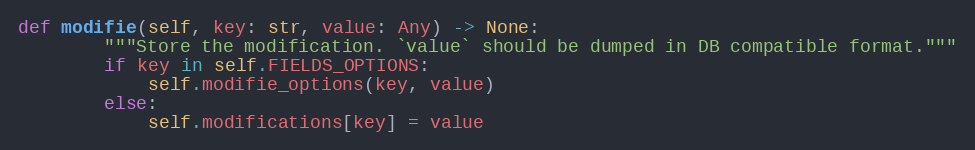
Language: Python
def modifie(self, key: str, value: Any) -> None:
        """Store the modification. `value` should be dumped in DB compatible format."""
        if key in self.FIELDS_OPTIONS:
            self.modifie_options(key, value)
        else:
            self.modifications[key] = value